Burma Government Medical School reports 1923-41
Year: 1923
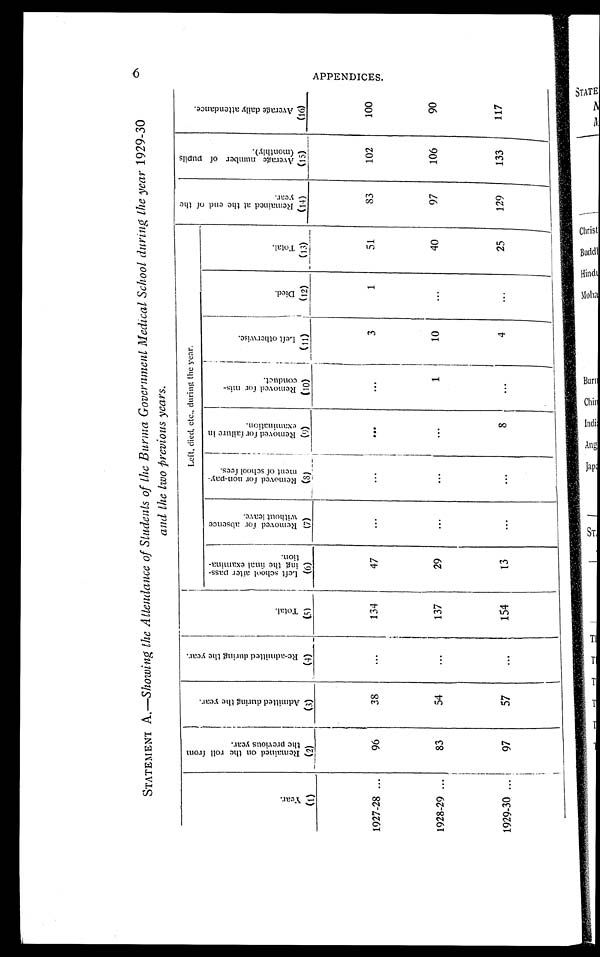
6
STATEMENT A.— Showing the Attendance of Students of the Burma Government Medical School during the year 1929-30
and the two previous years.
Year .
(1)
R e m a i n e d o n t h e r o l l f r o m t h e p r e v i o u s y e a r .
(2)
A d m i t t e d d u r i n g t h e y e a r .
(3)
R e - a d m i t t e d d u r i n g t h e y e a r .
(4)
T o t a l .
(5)
Left, died, etc., during the year.
R e m a i n e d a t t h e e n d o f t h e y e a r .
(14)
A v e r a g e n u m b e r o f p u p i l s ( m o n t h l y ) .
(15)
A v e r a g e d a i l y a t t e n d a n c e .
(16)
L e f t s c h o o l a f t e r p a s s - i n g t h e f i n a l e x a m i n a - t i o n .
(6)
R e m o v e d f o r a b s e n c e w i t h o u t l e a v e .
(7)
R e m o v e d f o r n o n - p a y - m e n t o f s c h o o l f e e s .
(8)
R e m o v e d f o r f a i l u r e i n e x a m i n a t i o n .
(9)
R e mo v e d f o r mi s - c o n d u c t .
(10)
L e f t o t h e r w i s e .
(11)
Di ed.
(12)
Tot al .
(13)
1927-28
9 6
3 8
....
134
47
...
...
...
...
3
1
51
83
102
100
1928-29
8 3
5 4
...
137
29
... ...
...
1
10
...
40
97
106
90
1929-30
9 7
5 7
...
154
13
...
...
8
...
4
...
25
129
133
117
A P P E N D I C E S .